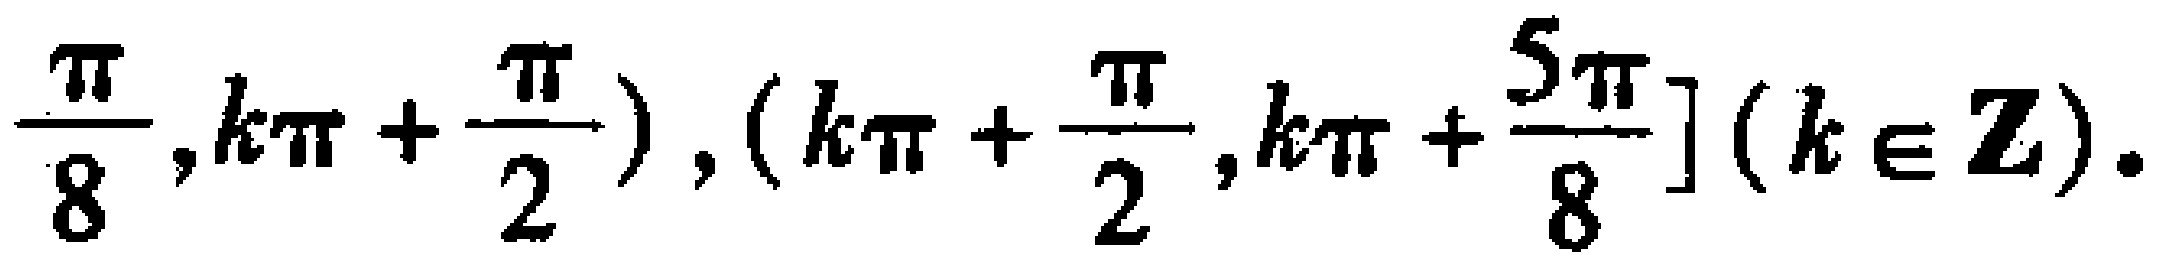
$\frac{\pi}{8},k\pi +\frac{\pi}{2}), (k\pi +\frac{\pi}{2},k\pi +\frac{5\pi}{8}](k\in \mathbf{Z}).$